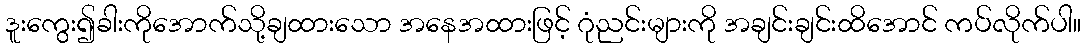
ဒူးကွေး၍ခါးကိုအောက်သို့ချထားသော အနေအထားဖြင့် ဂုံညင်းများကို အချင်းချင်းထိအောင် ကပ်လိုက်ပါ။